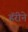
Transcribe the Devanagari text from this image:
हॅरीने